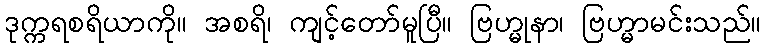
ဒုက္ကရစရိယာကို။ အစရိ၊ ကျင့်တော်မူပြီ။ ဗြဟ္မုနာ၊ ဗြဟ္မာမင်းသည်။